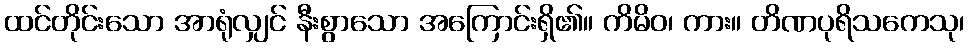
ထင်တိုင်းသော အာရုံလျှင် နီးစွာသော အကြောင်းရှိ၏။ ကိမိဝ၊ ကား။ တိဏပုရိသကေသု၊